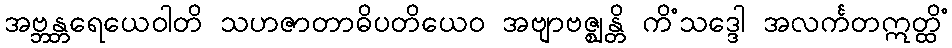
အဗ္ဘန္တရေယေဝါတိ သဟဇာတာဓိပတိယေဝ အဗျာဗဇ္ဈန္တိ ကိံသဒ္ဒေါ အလင်္ကတဣတ္ထိံ